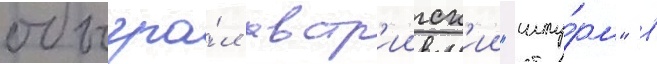
обыгра́л австр'ииск'ии "шту́рм" в